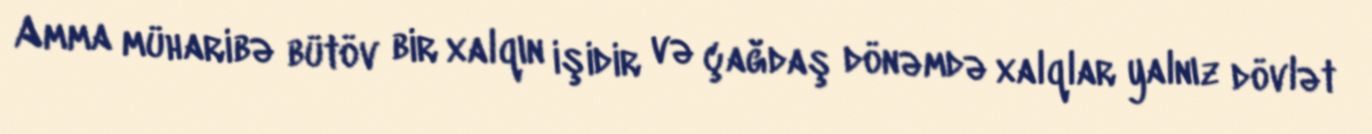
Amma müharibə bütöv bir xalqın işidir və çağdaş dönəmdə xalqlar yalnız dövlət